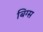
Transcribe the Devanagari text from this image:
बिग्स